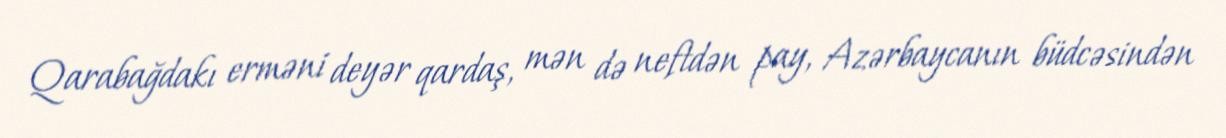
Qarabağdakı erməni deyər qardaş, mən də neftdən pay, Azərbaycanın büdcəsindən